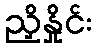
ညှိနှိုင်း